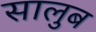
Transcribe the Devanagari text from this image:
सालुब